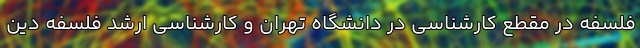
فلسفه در مقطع کارشناسی در دانشگاه تهران و کارشناسی ارشد فلسفه دین